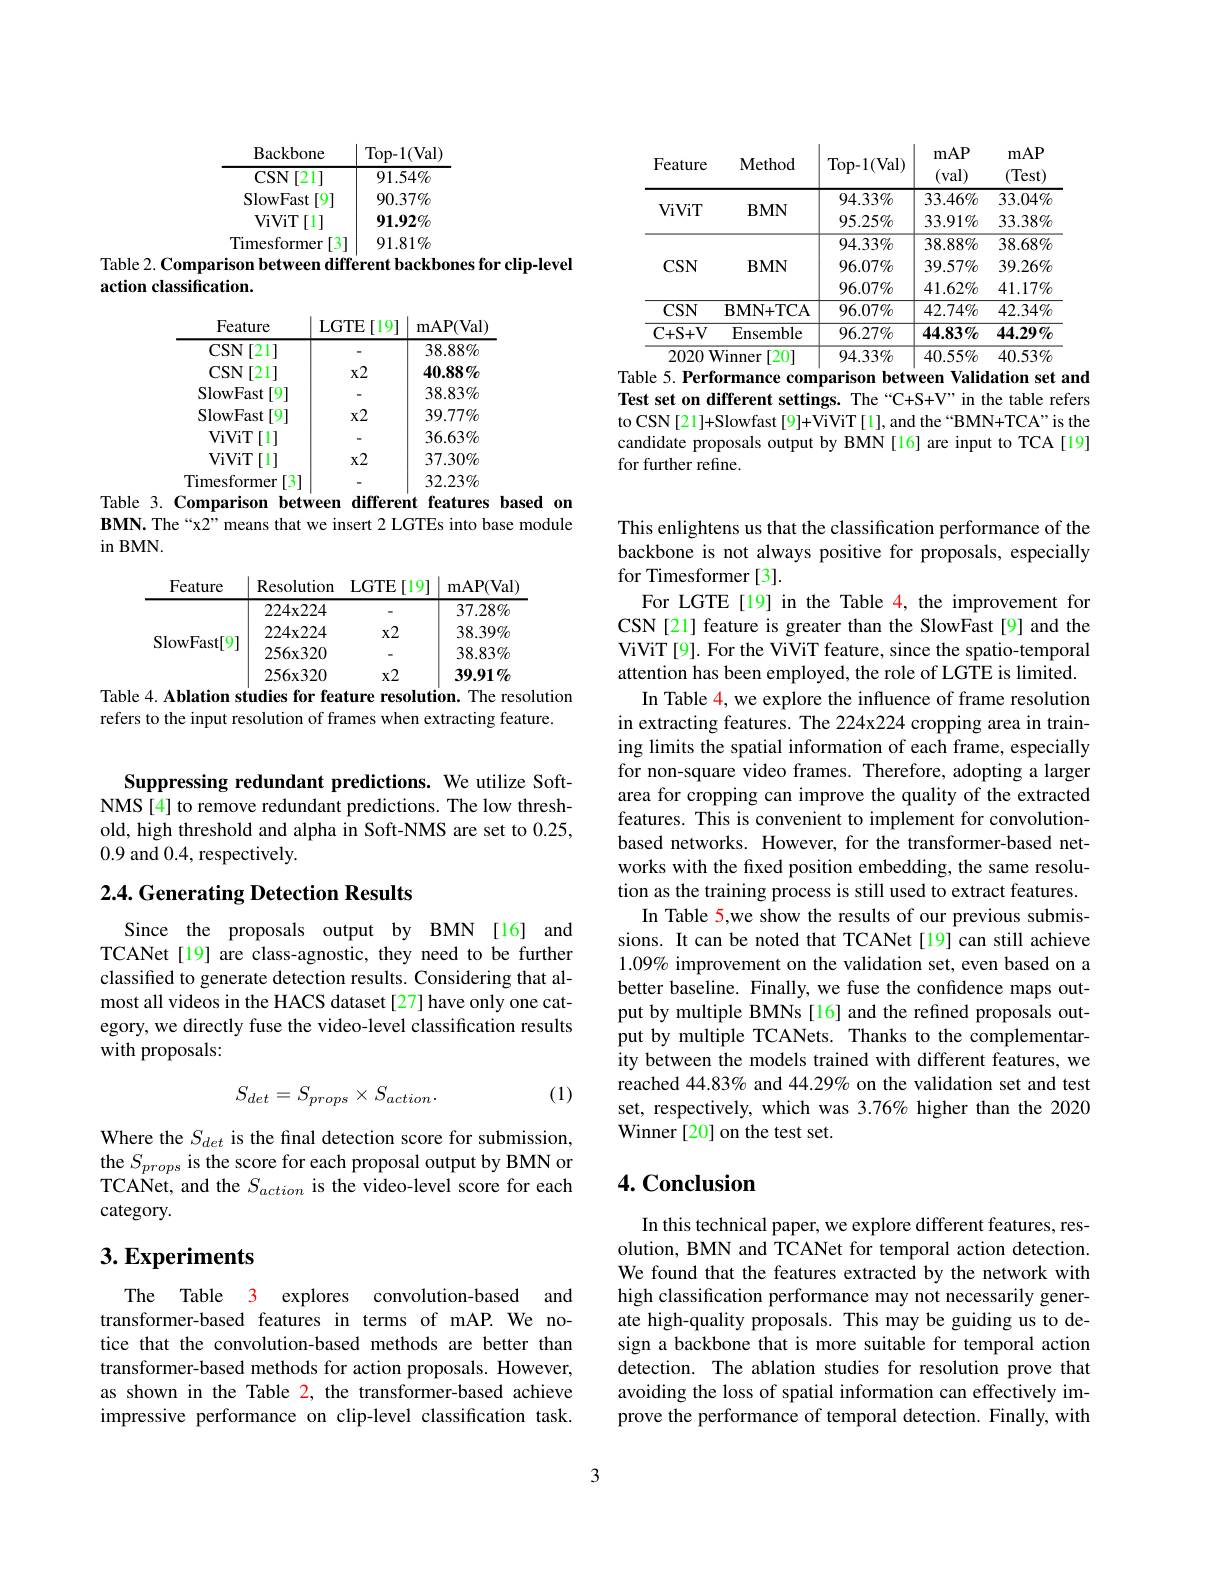
Backbone
$\mid$Top-1(Val)
$\overline{\mathrm{CSN[21]}}$
$\overline{91.54\%}$
SlowFast[9]
$90.37\%$
ViViT$\left [ 1\right ]$
$91.92\%$
Timesformer[3]
$91.81\%$
Table 2. Comparison between different backbones for clip-level

action classification.

<table>
	<tbody>
		<tr>
			<th>Feature</th>
			<th>LGTE $\exists[19]$</th>
			<th>mAP(Val)</th>
		</tr>
		<tr>
			<td>$CSN$ [21] 1 </td>
			<td> </td>
			<td>$38.88\%$</td>
		</tr>
		<tr>
			<td>$CSN$ [21]</td>
			<td>$x2$</td>
			<td>$40.88\%$</td>
		</tr>
		<tr>
			<td>SlowFast [9]</td>
			<td> </td>
			<td>$38.83\%$</td>
		</tr>
		<tr>
			<td>SlowFast [9]</td>
			<td>$x2$</td>
			<td>$39.77\%$</td>
		</tr>
		<tr>
			<td>ViViT [1]</td>
			<td> </td>
			<td>$36.63\%$</td>
		</tr>
		<tr>
			<td>ViViT $\because[1]$</td>
			<td>$x2$</td>
			<td>$37.30\%$</td>
		</tr>
		<tr>
			<td>Timesformer [3</td>
			<td> </td>
			<td>$32.23\%$</td>
		</tr>
	</tbody>
</table>
Table 3. Comparison between different features based on

BMN. The“x2” means that we insert 2 LGTEs into base module
$\operatorname{in}$BMN.

Feature
$\mid$Resolution LGTE[19]$\mid$mAP(Val)
$\overline{37.28\%}$
$224x224$
-
$224x224$
$x2$
$38.39\%$
SlowFast[9]
$256x320$
$38.83\%$
-
$256x320$
$39.91\%$
$x2$
Table 4. Ablation studies for feature resolution. The resolution

refers to the input resolution of frames when extracting feature.

Suppressing redundant predictions. We utilize SoftNMS[4] to remove redundant predictions. The low threshold, high threshold and alpha in Soft-NMS are set to 0.25, 0.9 and 0.4, respectively.

## 2.4. Generating Detection Results

Since the proposals output by BMN [16] and TCANet[19] are class-agnostic, they need to be further classified to generate detection results. Considering that almost all videos in the HACS dataset [27] have only one category, we directly fuse the video-level classification results with proposals:
$$S_{det}=S_{props}\times S_{action}.$$
(1)

Where the $S_det$ is the final detection score for submission, the $S_{props}$ is the score for each proposal output by BMN or TCANet, and the $S_{action}$ is the video-level score for each category.

# $3. \textbf{Experiments}$

The Table 3 explores convolution-based and transformer-based features in terms of mAP. We notice that the convolution-based methods are better than transformer-based methods for action proposals. However, as shown in the Table 2, the transformer-based achieve impressive performance on clip-level classification task.

<table>
	<tbody>
		<tr>
			<th>Feature</th>
			<th>Method</th>
			<th>Top- 1( Val) </th>
			<th>mAP (val)</th>
			<th>mAP (Test)</th>
		</tr>
		<tr>
			<td rowspan="2">ViViT</td>
			<td>BMN</td>
			<td>$94.33\%$ $95.25\%$</td>
			<td>$33.46\%$ $33.91\%$</td>
			<td>$33.04\%$ $33.38\%$</td>
		</tr>
		<tr>
			<td>$\mathbf{D}|\mathbf{V}|\mathbf{V}$</td>
			<td>$95.25\%$</td>
			<td>33.91%</td>
			<td>$33.38\%$</td>
		</tr>
		<tr>
			<td> </td>
			<td> </td>
			<td>$94.33\%$</td>
			<td>$38.88\%$</td>
			<td>$38.68\%$</td>
		</tr>
		<tr>
			<td rowspan="2">$CSN$</td>
			<td>$BMN$</td>
			<td>$96.07\%$</td>
			<td>$39.57\%$</td>
			<td>$39.26\%$</td>
		</tr>
		<tr>
			<td> </td>
			<td>$96.07\%$</td>
			<td>$41.62\%$</td>
			<td>$41.17\%$</td>
		</tr>
		<tr>
			<td>$CSN$</td>
			<td>$\mathbf{BMN+TCA}$</td>
			<td>$96.07\%$</td>
			<td>$42.74\%$</td>
			<td>$42.34\%$</td>
		</tr>
		<tr>
			<td>C+ S+ V</td>
			<td>Ensemble</td>
			<td>$96.27\%$</td>
			<td>$44.83\%$</td>
			<td>$44.29\%$</td>
		</tr>
		<tr>
			<td>2020 W</td>
			<td>inner 201</td>
			<td>$94.33\%$</td>
			<td>$40.55\%$</td>
			<td>$40.53\%$</td>
		</tr>
	</tbody>
</table>
Table 5. Performance comparison between Validation set and

Test set on different settings. The “C+S+V”in the table refers to CSN[21]+Slowfast[9]+ViViT[1], and the“BMN+TCA”is the candidate proposals output by BMN[16] are input to TCA[19] for further refine.

This enlightens us that the classification performance of the backbone is not always positive for proposals, especially for Timesformer [3].
For LGTE [19] in the Table 4, the improvement for CSN[21] feature is greater than the SlowFast[9] and the ViViT[9]. For the ViViT feature, since the spatio-temporal attention has been employed, the role of LGTE is limited.
In Table 4, we explore the influence of frame resolution in extracting features. The 224x224 cropping area in training limits the spatial information of each frame, especially for non-square video frames. Therefore, adopting a larger area for cropping can improve the quality of the extracted features. This is convenient to implement for convolutionbased networks. However, for the transformer-based networks with the fixed position embedding, the same resolution as the training process is still used to extract features.
In Table 5,we show the results of our previous submissions. It can be noted that TCANet [19] can still achieve 1.09% improvement on the validation set, even based on a better baseline. Finally, we fuse the confidence maps output by multiple BMNs [16] and the refined proposals output by multiple TCANets. Thanks to the complementarity between the models trained with different features, we reached 44.83% and 44.29% on the validation set and test set, respectively, which was 3.76% higher than the 2020 Winner[20] on the test set.

## 4. Conclusion

In this technical paper, we explore different features, resolution, BMN and TCANet for temporal action detection. We found that the features extracted by the network with high classification performance may not necessarily generate high-quality proposals. This may be guiding us to design a backbone that is more suitable for temporal action detection. The ablation studies for resolution prove that avoiding the loss of spatial information can effectively improve the performance of temporal detection. Finally, with

3